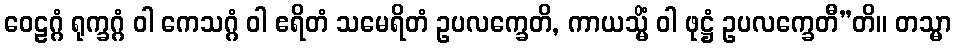
ဝေဠဂ္ဂံ ရုက္ခဂ္ဂံ ဝါ ကေသဂ္ဂံ ဝါ ဧရိတံ သမေရိတံ ဥပလက္ခေတိ, ကာယသ္မိံ ဝါ ဖုဋ္ဌံ ဥပလက္ခေတီ”တိ။ တသ္မာ